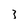
Character: 3